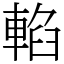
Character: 輡